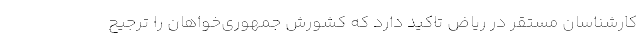
کارشناسان مستقر در ریاض تاکید دارد که کشورش جمهوری‌خواهان را ترجیح